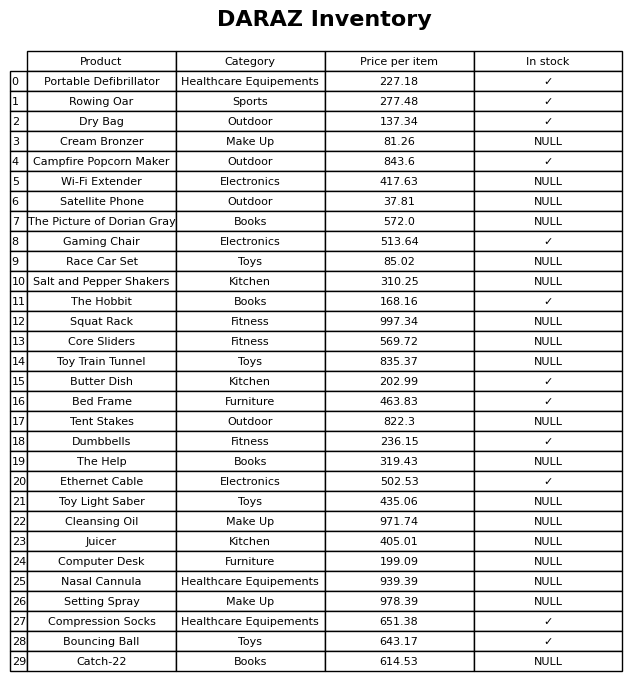
question: What is the price of the Catch-22?
answer: The price of Catch-22 is 614.53.